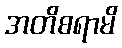
အတိစရာမိ